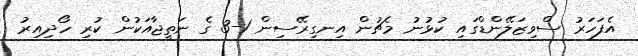
އެފަހަރު ސްވިޒަލޭންޑްގައި ކުޅުނު މެޗުން އިނގިރޭސިން 1-3 ގެ ނަތީޖާއަކުން ކުރި ހޯދިއިރު